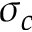
\sigma _ { c }